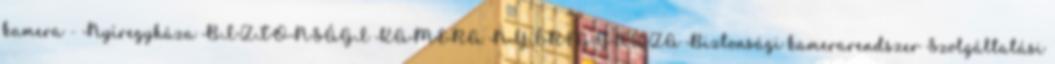
kamera - Nyíregyháza BIZTONSÁGI KAMERA NYÍREGYHÁZA Biztonsági kamerarendszer Szolgáltatási